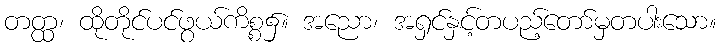
တတ္ထ၊ ထိုတိုင်ပင်ဖွယ်ကိစ္စ၌။ အညော၊ အရှင်နှင့်တပည့်တော်မှတပါးသော။